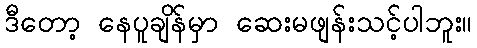
ဒီတော့ နေပူချိန်မှာ ဆေးမဖျန်းသင့်ပါဘူး။